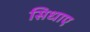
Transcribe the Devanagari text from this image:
सिधाए